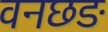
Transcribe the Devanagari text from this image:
वनछङ